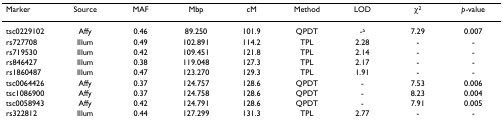
<table><thead><tr><td><b>Marker</b></td><td><b>Source</b></td><td><b>MAF</b></td><td><b>Mbp</b></td><td><b>cM</b></td><td><b>Method</b></td><td><b>LOD</b></td><td><b>χ<sup>2</sup></b></td><td><b><i>p</i>-value</b></td></tr></thead><tbody><tr><td>tsc0229102</td><td>Affy</td><td>0.46</td><td>89.250</td><td>101.9</td><td>QPDT</td><td>-<sup>a</sup></td><td>7.29</td><td>0.007</td></tr><tr><td>rs727708</td><td>Illum</td><td>0.49</td><td>102.891</td><td>114.2</td><td>TPL</td><td>2.28</td><td>-</td><td>-</td></tr><tr><td>rs719530</td><td>Illum</td><td>0.42</td><td>109.451</td><td>121.8</td><td>TPL</td><td>2.14</td><td>-</td><td>-</td></tr><tr><td>rs846427</td><td>Illum</td><td>0.38</td><td>119.048</td><td>127.3</td><td>TPL</td><td>2.17</td><td>-</td><td>-</td></tr><tr><td>rs1860487</td><td>Illum</td><td>0.47</td><td>123.270</td><td>129.3</td><td>TPL</td><td>1.91</td><td>-</td><td>-</td></tr><tr><td>tsc0064426</td><td>Affy</td><td>0.37</td><td>124.757</td><td>128.6</td><td>QPDT</td><td>-</td><td>7.53</td><td>0.006</td></tr><tr><td>tsc1086900</td><td>Affy</td><td>0.37</td><td>124.758</td><td>128.6</td><td>QPDT</td><td>-</td><td>8.23</td><td>0.004</td></tr><tr><td>tsc0058943</td><td>Affy</td><td>0.42</td><td>124.791</td><td>128.6</td><td>QPDT</td><td>-</td><td>7.91</td><td>0.005</td></tr><tr><td>rs322812</td><td>Illum</td><td>0.44</td><td>127.299</td><td>131.3</td><td>TPL</td><td>2.77</td><td>-</td><td>-</td></tr></tbody></table>